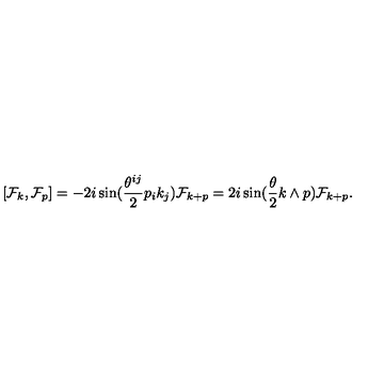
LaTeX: [ { \cal F } _ { k } , { \cal F } _ { p } ] = - 2 i \sin ( \frac { \theta ^ { i j } } { 2 } p _ { i } k _ { j } ) { \cal F } _ { k + p } = 2 i \sin ( \frac { \theta } { 2 } k \wedge p ) { \cal F } _ { k + p } .